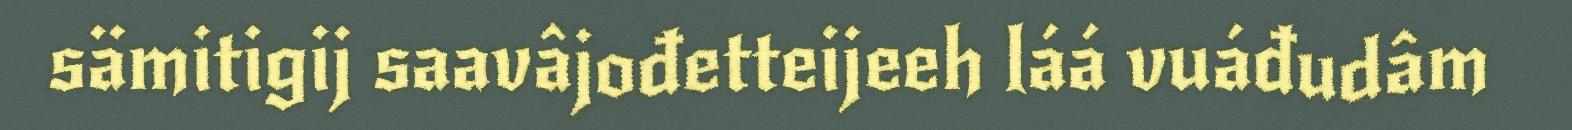
sämitigij saavâjođetteijeeh láá vuáđudâm